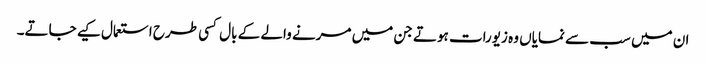
ان میں سب سے نمایاں وہ زیورات ہوتے جن میں مرنے والے کے بال کسی طرح استعمال کیے جاتے۔